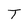
Character: T